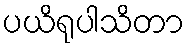
ပယိရုပါသိတာ